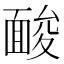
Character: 𩈥